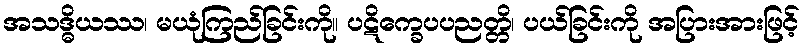
အသဒ္ဓိယဿ၊ မယုံကြည်ခြင်းကို။ ပဋိက္ခေပပညတ္တိ၊ ပယ်ခြင်းကို အပြားအားဖြင့်